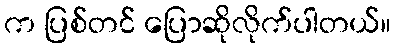
က ပြစ်တင် ပြောဆိုလိုက်ပါတယ်။